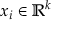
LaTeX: x _ { i } \in \mathbb { R } ^ { k }